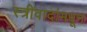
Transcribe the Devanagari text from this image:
स्त्रीवादांमधून